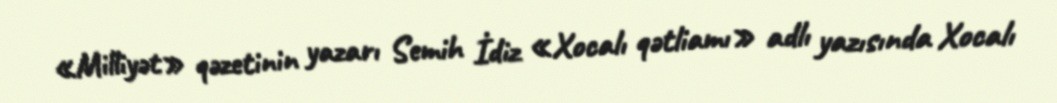
«Milliyət» qəzetinin yazarı Semih İdiz «Xocalı qətliamı» adlı yazısında Xocalı